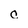
Character: c